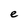
Character: e